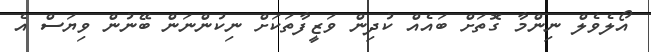
އޯލެވެލް ނިންމާ ގޮތަށް ބައެއް ކުދިން ވަޒީފާތަކަށް ނިކުންނަން ބޭނުން ވިޔަސް އެ